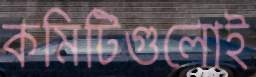
কমিটিগুলোই